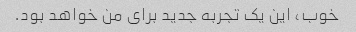
خوب، این یک تجربه جدید برای من خواهد بود.